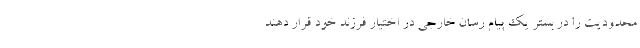
محدودیت را در بستر یک پیام رسان خارجی در اختیار فرزند خود قرار دهند